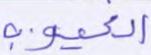
الغيوب